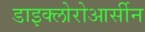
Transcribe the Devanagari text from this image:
डाइक्लोरोआर्सीन